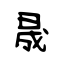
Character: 晟